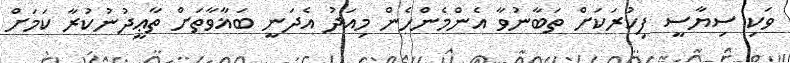
ވަކި ސިޔާސީ ފިކުރަކަށް ތަބާނުވާ އެންމެންހެން މިއަދު އެދަނީ ބަޣާވާތަށް ތާޢީދުނުކުރާ ކަމަށް